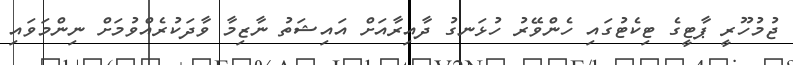
ޖުމުހޫރީ ޕާޓީގެ ޓިކެޓުގައި ހެންވޭރު ހުޅަނގު ދާއިރާއަށް އައިޝަތު ނާޒިމާ ވާދަކުރެއްވުމަށް ނިންމަވައި